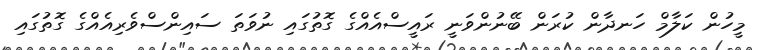
މީހުން ކަލާމް ހަނދާން ކުރަން ބޭނުންވަނީ ރައީސްއެއްގެ ގޮތުގައި ނުވަތަ ސައިންސްވެރިއެއްގެ ގޮތުގައި